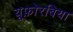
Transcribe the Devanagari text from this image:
यूफ़ोरबिया